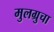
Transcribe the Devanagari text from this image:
मुलग्रुचा